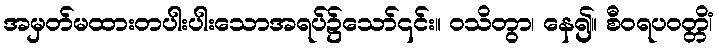
အမှတ်မထားတပါးပါးသောအရပ်၌သော်၎င်း။ ဝသိတွာ၊ နေ၍။ စီဝရပဝတ္တိံ၊